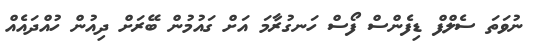
ނުވަތަ ސެލްފް ޑިފެންސް ފޯސް ހަނގުރާމަ އަށް ގައުމުން ބޭރަށް ދިއުން ހުއްދައެއް